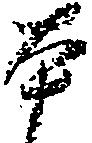
本